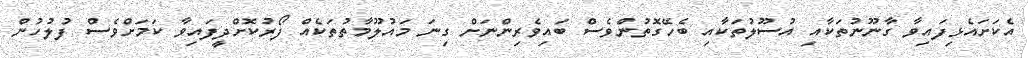
އެކަށައެޅިފައިވާ ގާނޫނުތަކާއި އުސޫލުތަކާއި ބެހޭގޮތުންވެސް ބައިވެރިންނަށް ގިނަ މައުލޫމާތުތަކެއް ފޯރުކޮށްދީފައިވާ ކަމަށްވެސް ފުލުހުން